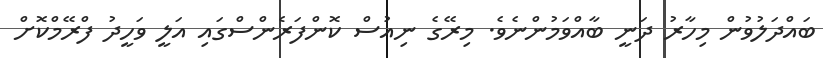
ބައްދަލުުވުން މިހާރު ދަނީ ބާއްވަމުންނެވެ. މިރޭގެ ނިއުސް ކޮންފަރެންސްގައި އަލީ ވަހީދު ފްރޭމްކޮށް